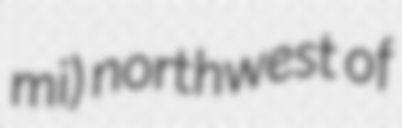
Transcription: mi) northwest of